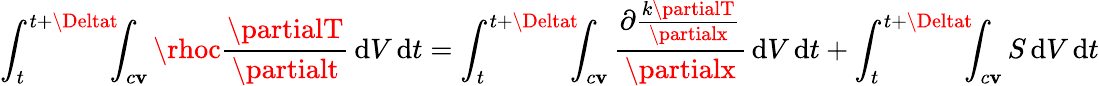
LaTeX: \int_{t}^{t+\Deltat}\! \! \! \int_{c\mathbf{v}}\rhoc{\frac{{\partialT}}{{\partialt}}}\, \mathrm{{d}}V\, \mathrm{{d}}t=\int_{t}^{t+\Deltat}\! \! \! \int_{c\mathbf{v}}{\frac{{\partial{\frac{{k\partialT}}{{\partialx}}}}}{{\partialx}}}\, \mathrm{{d}}V\, \mathrm{{d}}t+\int_{t}^{t+\Deltat}\! \! \! \int_{c\mathbf{v}}S\, \mathrm{{d}}V\, \mathrm{{d}}t